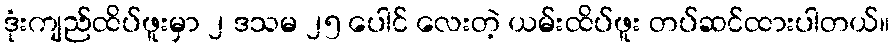
ဒုံးကျည်ထိပ်ဖူးမှာ ၂ ဒသမ ၂၅ ပေါင် လေးတဲ့ ယမ်းထိပ်ဖူး တပ်ဆင်ထားပါတယ်။